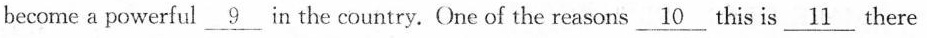
become a powerful\underline{9}in the country. One of the reasons\underline{10} this _is \underline{11} there